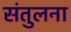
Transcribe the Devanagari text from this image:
संतुलना